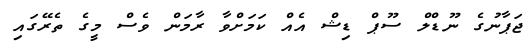
ޖަޕާނުގެ ނޫޑްލް ސޫޕް ޑިޝް އެއް ކަމަށްވާ ރާމަން ވެސް މީގެ ތެރޭގައި